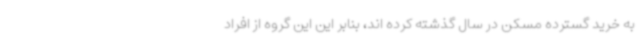
به خرید گسترده مسکن در سال گذشته کرده اند، بنابر این این گروه از افراد